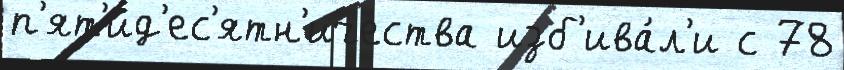
п'ят'ид'ес'ятн'ичества изб'ива́л'и с 78